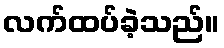
လက်ထပ်ခဲ့သည်။